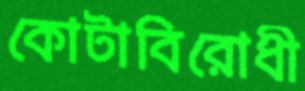
কোটাবিরোধী